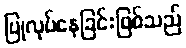
ပြုလုပ်နေခြင်းဖြစ်သည်